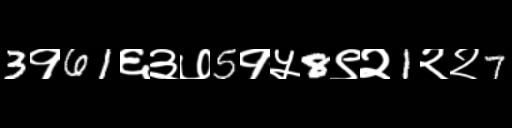
Text: 3१61६३७5१५8९२1२२7